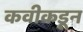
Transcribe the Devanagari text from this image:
कवीकडून